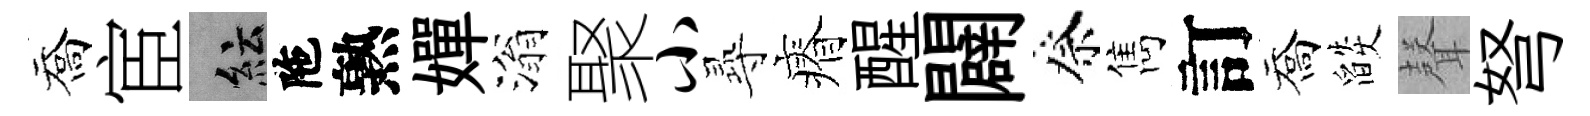
喬宦紜陁熟嬋滃聚小𡬶瘠醒闢祭雋訂喬燄𮋻弩